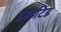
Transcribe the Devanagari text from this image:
डकटिड